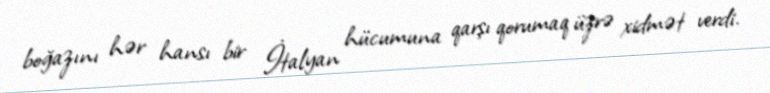
boğazını hər hansı bir İtalyan hücumuna qarşı qorumaq üzrə xidmət verdi.